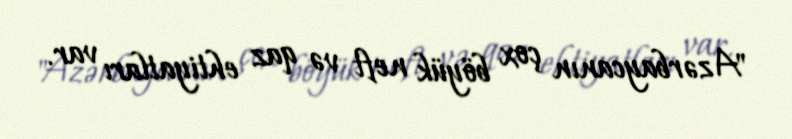
"Azərbaycanın çox böyük neft və qaz ehtiyatları var.